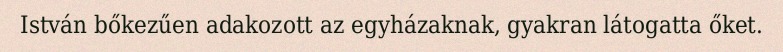
István bőkezűen adakozott az egyházaknak, gyakran látogatta őket.